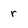
Character: r